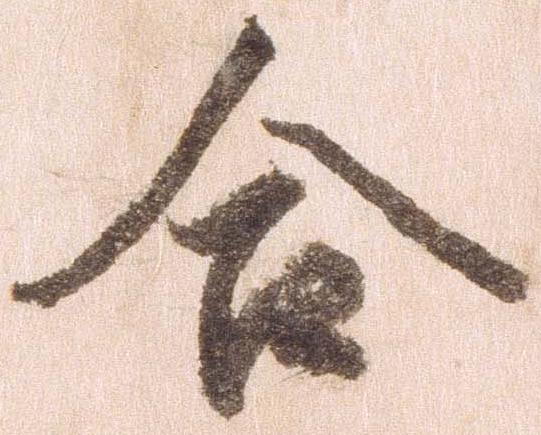
合